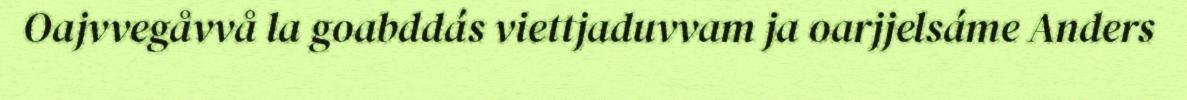
Oajvvegåvvå la goabddás viettjaduvvam ja oarjjelsáme Anders